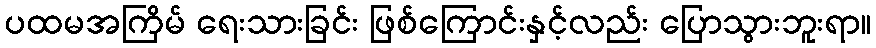
ပထမအကြိမ် ရေးသားခြင်း ဖြစ်ကြောင်းနှင့်လည်း ပြောသွားဘူးရာ။